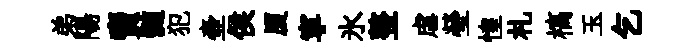
弟陽𧶠髄犯壷侯厦寕氷整虐瑩惶札槁玉乞